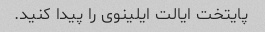
پایتخت ایالت ایلینوی را پیدا کنید.